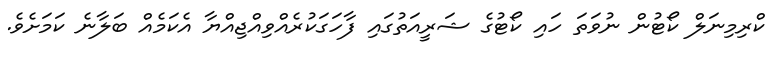
ކްރިމިނަލް ކޯޓުން ނުވަތަ ހައި ކޯޓުގެ ޝަރީއަތުގައި ފާހަގަކުރެއްވިއްޖިއްޔާ އެކަމެއް ބަލާނެ ކަމަށެވެ.